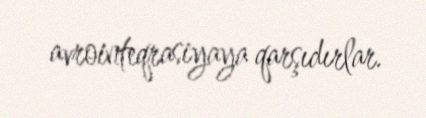
avrointeqrasiyaya qarşıdırlar.